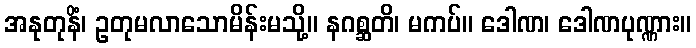
အနုတုနိံ၊ ဥတုမလာသောမိန်းမသို့။ နဂစ္ဆတိ၊ မကပ်။ ဒေါဏ၊ ဒေါဏပုဏ္ဏား။